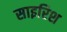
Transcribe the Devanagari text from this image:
साइरिश